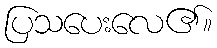
ပြသပေးလေ၏။